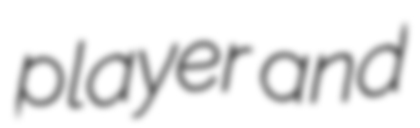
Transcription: player and